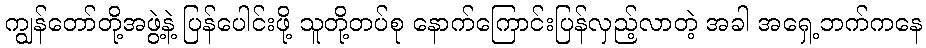
ကျွန်တော်တို့အဖွဲ့နဲ့ ပြန်ပေါင်းဖို့ သူတို့တပ်စု နောက်ကြောင်းပြန်လှည့်လာတဲ့ အခါ အရှေ့ဘက်ကနေ